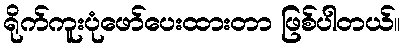
ရိုက်ကူးပုံဖော်ပေးထားတာ ဖြစ်ပါတယ်။